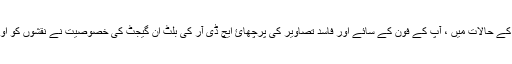
غیر معمولی روشنی کے حالات میں ، آپ کے فون کے سائے اور فاسد تصاویر کی پرچھائ ایچ ڈی آر کی بلٹ ان گیجٹ کی خصوصیت نے نقشوں کو اور زیادہ واضح کردیا۔